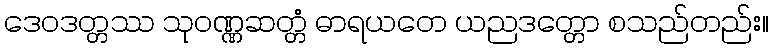
ဒေဝဒတ္တဿ သုဝဏ္ဏဆတ္တံ ဓာရယတေ ယညဒတ္တော စသည်တည်း။